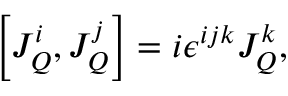
\left[ J _ { Q } ^ { i } , J _ { Q } ^ { j } \right] = i \epsilon ^ { i j k } J _ { Q } ^ { k } ,